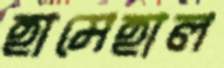
হামেহাল